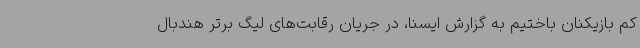
کم بازیکنان باختیم به گزارش ایسنا، در جریان رقابت‌های لیگ برتر هندبال